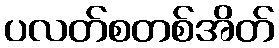
ပလတ်စတစ်အိတ်